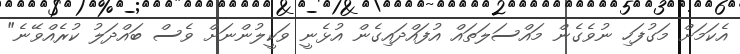
އެކަމަށް މަގުފަހި ނުވެގެން މައްސަލަތައް އުފައްދައިގެން އުޅެނީ ވަކީލުންނަށް ވެސް ބައްދަލު ކުރެއްވޭނެ"